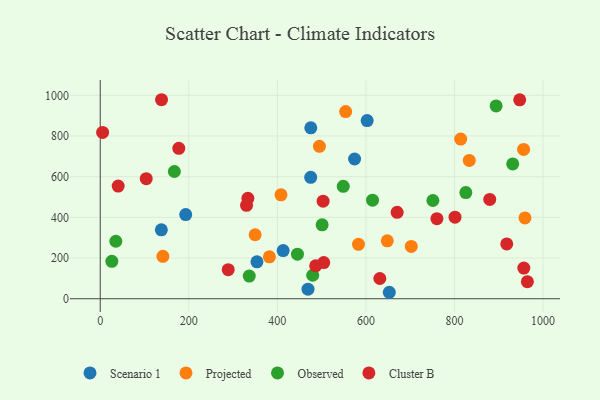
{"axis": {"x": "Distance", "y": "Profit"}, "legend": ["Cluster B", "Observed", "Projected", "Scenario 1"], "data": [{"x": "475.3", "y": 596.9, "type": "Scenario 1"}, {"x": "652.8", "y": 31.8, "type": "Scenario 1"}, {"x": "574.4", "y": 687.1, "type": "Scenario 1"}, {"x": "413.1", "y": 236.9, "type": "Scenario 1"}, {"x": "469.2", "y": 46.8, "type": "Scenario 1"}, {"x": "353.9", "y": 181.5, "type": "Scenario 1"}, {"x": "138.0", "y": 338.7, "type": "Scenario 1"}, {"x": "602.8", "y": 876.1, "type": "Scenario 1"}, {"x": "475.5", "y": 840.3, "type": "Scenario 1"}, {"x": "193.0", "y": 413.8, "type": "Scenario 1"}, {"x": "583.2", "y": 267.5, "type": "Projected"}, {"x": "408.2", "y": 511.1, "type": "Projected"}, {"x": "648.2", "y": 284.5, "type": "Projected"}, {"x": "833.4", "y": 680.0, "type": "Projected"}, {"x": "956.1", "y": 734.2, "type": "Projected"}, {"x": "349.8", "y": 314.5, "type": "Projected"}, {"x": "141.5", "y": 208.3, "type": "Projected"}, {"x": "959.2", "y": 397.1, "type": "Projected"}, {"x": "495.0", "y": 749.1, "type": "Projected"}, {"x": "702.4", "y": 257.1, "type": "Projected"}, {"x": "554.2", "y": 920.1, "type": "Projected"}, {"x": "382.0", "y": 205.9, "type": "Projected"}, {"x": "814.0", "y": 784.9, "type": "Projected"}, {"x": "501.1", "y": 363.3, "type": "Observed"}, {"x": "894.0", "y": 948.0, "type": "Observed"}, {"x": "931.5", "y": 662.6, "type": "Observed"}, {"x": "479.8", "y": 115.5, "type": "Observed"}, {"x": "35.2", "y": 282.7, "type": "Observed"}, {"x": "26.2", "y": 184.1, "type": "Observed"}, {"x": "825.6", "y": 521.8, "type": "Observed"}, {"x": "548.8", "y": 552.9, "type": "Observed"}, {"x": "167.4", "y": 625.6, "type": "Observed"}, {"x": "336.5", "y": 111.3, "type": "Observed"}, {"x": "445.4", "y": 218.9, "type": "Observed"}, {"x": "614.9", "y": 484.8, "type": "Observed"}, {"x": "751.2", "y": 482.9, "type": "Observed"}, {"x": "631.4", "y": 99.5, "type": "Cluster B"}, {"x": "760.3", "y": 393.6, "type": "Cluster B"}, {"x": "947.3", "y": 978.0, "type": "Cluster B"}, {"x": "5.4", "y": 817.7, "type": "Cluster B"}, {"x": "40.5", "y": 554.1, "type": "Cluster B"}, {"x": "879.6", "y": 488.4, "type": "Cluster B"}, {"x": "103.9", "y": 590.2, "type": "Cluster B"}, {"x": "330.4", "y": 459.1, "type": "Cluster B"}, {"x": "503.3", "y": 479.9, "type": "Cluster B"}, {"x": "486.5", "y": 161.9, "type": "Cluster B"}, {"x": "964.6", "y": 84.1, "type": "Cluster B"}, {"x": "956.6", "y": 150.6, "type": "Cluster B"}, {"x": "177.4", "y": 739.3, "type": "Cluster B"}, {"x": "918.0", "y": 269.7, "type": "Cluster B"}, {"x": "504.7", "y": 177.7, "type": "Cluster B"}, {"x": "289.0", "y": 142.7, "type": "Cluster B"}, {"x": "670.5", "y": 424.8, "type": "Cluster B"}, {"x": "801.2", "y": 401.1, "type": "Cluster B"}, {"x": "333.4", "y": 493.6, "type": "Cluster B"}, {"x": "138.4", "y": 978.4, "type": "Cluster B"}]}